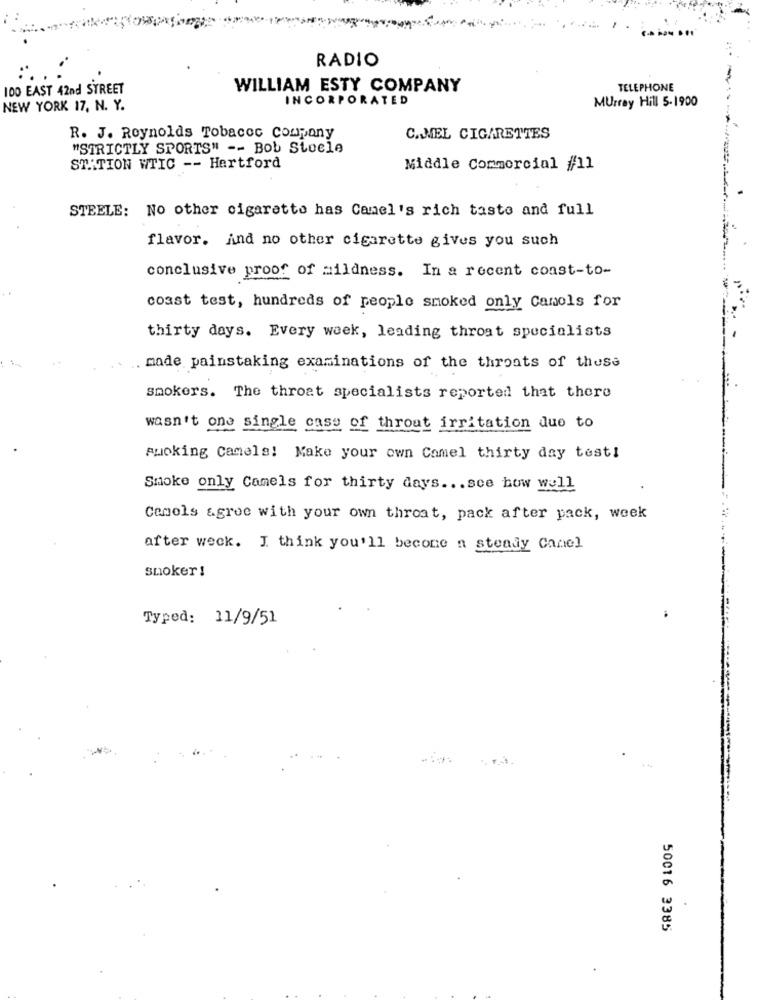
RADIO
-
100 EAST 42nd STREET
WILLIAM ESTY COMPANY
TELEPHONE
INCORPORATED
Murray Hill 5-1900
NEW YORK 17, N. Y.
R. J. Reynolds Tobacco company
CAMEL CIGARETTES
"STRICTLY SPORTS" -- Bob Stoele
ST .: TION WTIC -- Hartford
Middle Commercial #11
STEELE: No other cigarette has Camel's rich taste and full
flavor. And no other cigarette gives you such
conclusive proof of mildness. In a recent coast-to-
coast test, hundreds of people smoked only Camels for
thirty days. Every week, leading throat specialists
made painstaking examinations of the throats of these
smokers. The throat specialists reported that there
wasn't one single case of throat irritation due to
Awoking Camels! Make your own Camel thirty day test!
Smoke only Camels for thirty days ... sce how well
Cemels &groe with your own throat, pack after pack, week
after weck. I think you'll becone a steady Camel
smoker !
Typed: 11/9/51
50016 3385